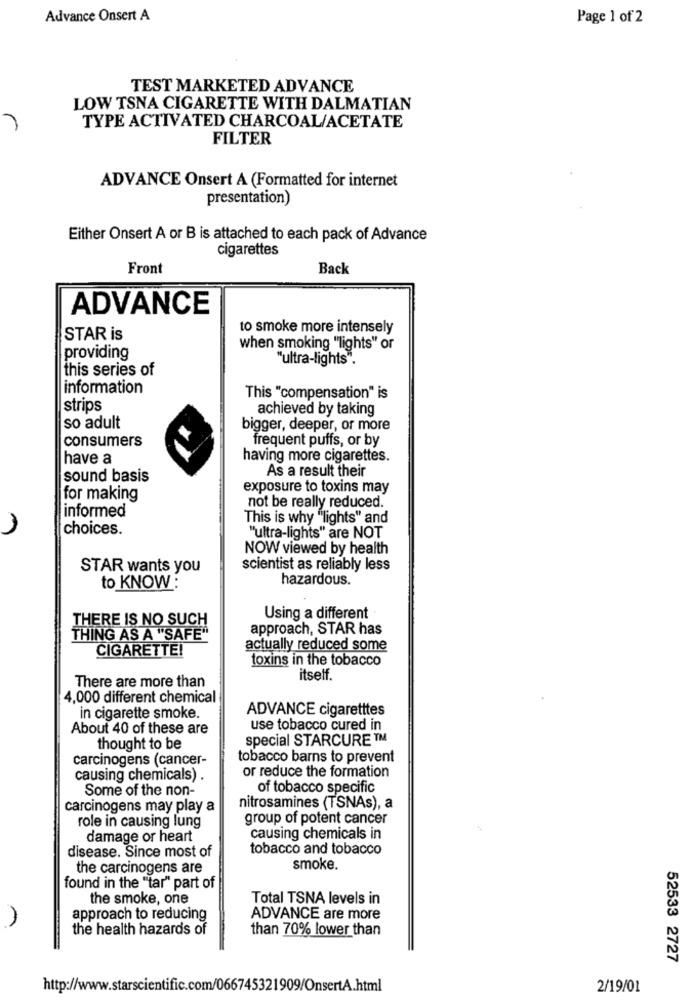
Advance Onsert A
Page 1 of 2
TEST MARKETED ADVANCE
LOW TSNA CIGARETTE WITH DALMATIAN
TYPE ACTIVATED CHARCOAL/ACETATE
FILTER
ADVANCE Onsert A (Formatted for internet
presentation)
Either Onsert A or B is attached to each pack of Advance
cigarettes
Front
Back
ADVANCE
to smoke more intensely
STAR is
when smoking "lights" or
providing
"ultra-lights".
this series of
information
This "compensation" is
strips
achieved by taking
so adult
bigger, deeper, or more
consumers
frequent puffs, or by
have a
having more cigarettes.
As a result their
sound basis
exposure to toxins may
for making
informed
not be really reduced.
This is why "lights" and
choices.
"ultra-lights" are NOT
NOW viewed by health
STAR wants you
scientist as reliably less
hazardous.
to KNOW :
THERE IS NO SUCH
Using a different
approach, STAR has
THING AS A "SAFE"
CIGARETTE!
actually reduced some
toxins in the tobacco
There are more than
itself.
4,000 different chemical
ADVANCE cigaretttes
in cigarette smoke.
About 40 of these are
use tobacco cured in
special STARCURE ™
thought to be
carcinogens (cancer-
tobacco barns to prevent
or reduce the formation
causing chemicals) .
Some of the non-
of tobacco specific
carcinogens may play a
nitrosamines (TSNAs), a
group of potent cancer
role in causing lung
damage or heart
causing chemicals in
disease. Since most of
tobacco and tobacco
the carcinogens are
smoke.
found in the "tar" part of
the smoke, one
Total TSNA levels in
approach to reducing
ADVANCE are more
the health hazards of
than 70% lower than
52533 2727
http://www.starscientific.com/066745321909/OnsertA.html
2/19/01